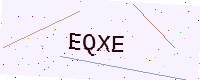
Text: EQXE